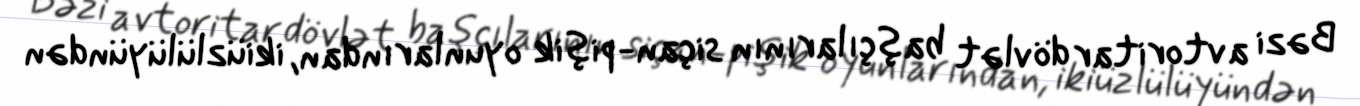
Bəzi avtoritar dövlət başçılarının siçan-pişik oyunlarından, ikiüzlülüyündən